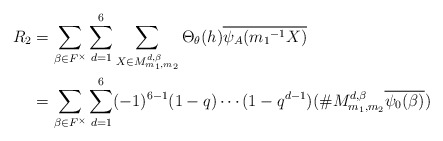
\begin{align*} R_2 &=\sum_{\beta \in F^{\times}}\sum_{d=1}^{6}\sum_{X \in M_{m_{1},m_{2}}^{ d,\beta}}\Theta_{\theta}(h)\overline{\psi_A({m_1}^{-1}X)}\\ &=\sum_{\beta \in F^{\times}} \sum_{d=1}^{6}(-1)^{6-1}(1-q) \cdots (1-q^{d-1})(\# M_{m_{1},m_{2}}^{ d,\beta}\overline{\psi_0(\beta)}) \end{align*}